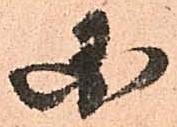
国